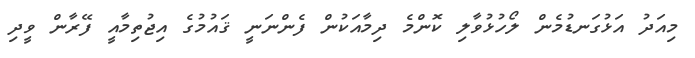
މިއަދު އަޅުގަނޑުމެން ލޯހުޅުވާލި ކޮންމެ ދިމާއަކުން ފެންނަނީ ޤައުމުގެ އިޖުތިމާއީ ފޭރާން ވީދި